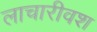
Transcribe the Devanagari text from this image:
लाचारीवश